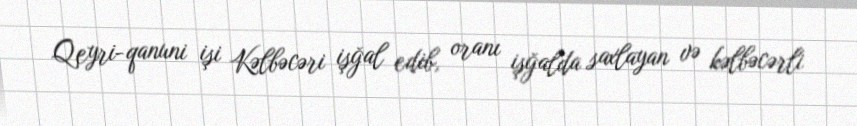
Qeyri-qanuni işi Kəlbəcəri işğal edib, oranı işğalda saxlayan və kəlbəcərli